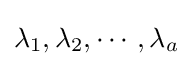
\lambda _{1},\lambda _{2},\cdots ,\lambda _{a}